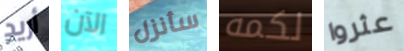
أريد الآن سأنزل لكمه عثروا